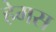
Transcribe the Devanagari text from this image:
हेमस